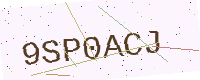
Text: 9SP0ACJ